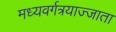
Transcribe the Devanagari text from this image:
मध्यवर्गत्रयाज्जाता